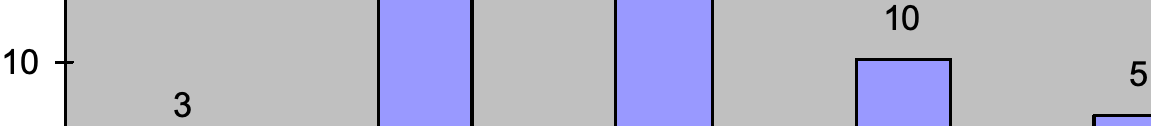
10 10                                   5 3